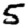
Digit: 5